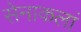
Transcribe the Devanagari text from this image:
सेनाकलां